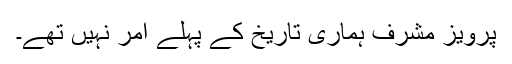
پرویز مشرف ہماری تاریخ کے پہلے آمر نہیں تھے۔